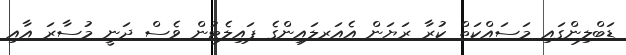
ޑަބްލިންގައި މަސައްކަތް ކުރާ ރަޔަން އެއަރލައިންގެ ޕައިލެޓުން ވެސް ދަނީ މުސާރަ އާއި